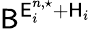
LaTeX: \mathsf{B}^{\mathsf{E}_{i}^{n,\star}+\mathsf{H}_{i}}